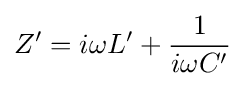
Z'=i\omega L'+{\frac {1}{i\omega C'}}